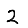
Digit: 2